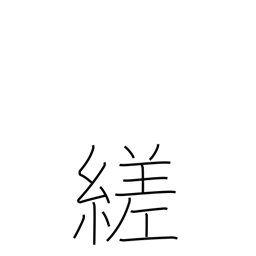
Meaning: twist